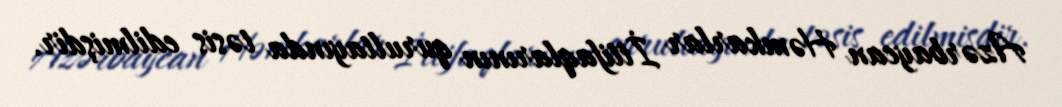
Azərbaycan Həmkarlar İttifaqlarının qurultayında təsis edilmişdir.